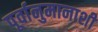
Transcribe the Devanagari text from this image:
पूर्वानुमानाशी